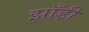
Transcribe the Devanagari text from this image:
झाँड़ी